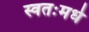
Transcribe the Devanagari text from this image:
स्वतःमधे